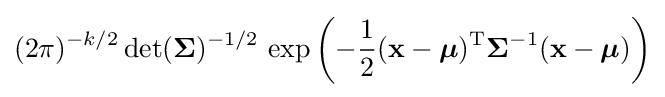
(2\pi )^{-k/2}\det({\boldsymbol {\Sigma }})^{-1/2}\,\exp \left(-{\frac {1}{2}}(\mathbf {x} -{\boldsymbol {\mu }})^{\mathrm {T} }{\boldsymbol {\Sigma }}^{-1}(\mathbf {x} -{\boldsymbol {\mu }})\right)